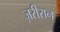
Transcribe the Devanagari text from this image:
ज़रीरान